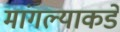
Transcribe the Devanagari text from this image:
मांगल्याकडे